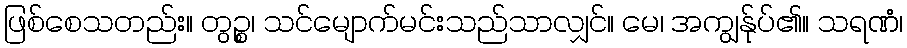
ဖြစ်စေသတည်း။ တွဉ္စ၊ သင်မျောက်မင်းသည်သာလျှင်။ မေ၊ အကျွန်ုပ်၏။ သရဏံ၊